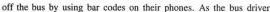
off the bus by using bar codes on their phones. As the best apps that